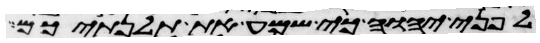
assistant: לפני יהוה כי שמע את תלנתיכם